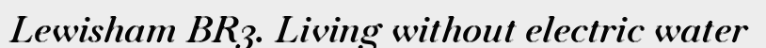
Lewisham BR3. Living without electric water